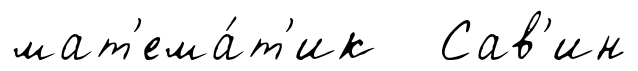
мат'ема́т'ик Сав'ин